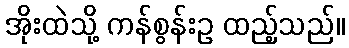
အိုးထဲသို့ ကန်စွန်းဥ ထည့်သည်။